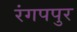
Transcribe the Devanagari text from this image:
रंगपपुर